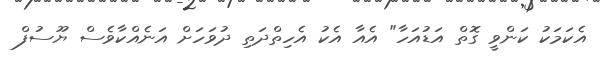
އެކަމަކު ކަންވީ ގޮތް އަޑުއަހާ" އެއާ އެކު އެހިތްދަތި ދުވަހަށް އަނެއްކާވެސް ޔޫސުފް